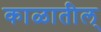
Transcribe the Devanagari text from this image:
काळातील्